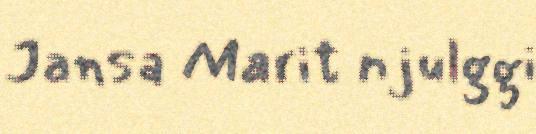
Jansa Marit njulggi